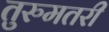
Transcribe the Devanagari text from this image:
तुरुमतरी